Aleksander_Warma, lk 22
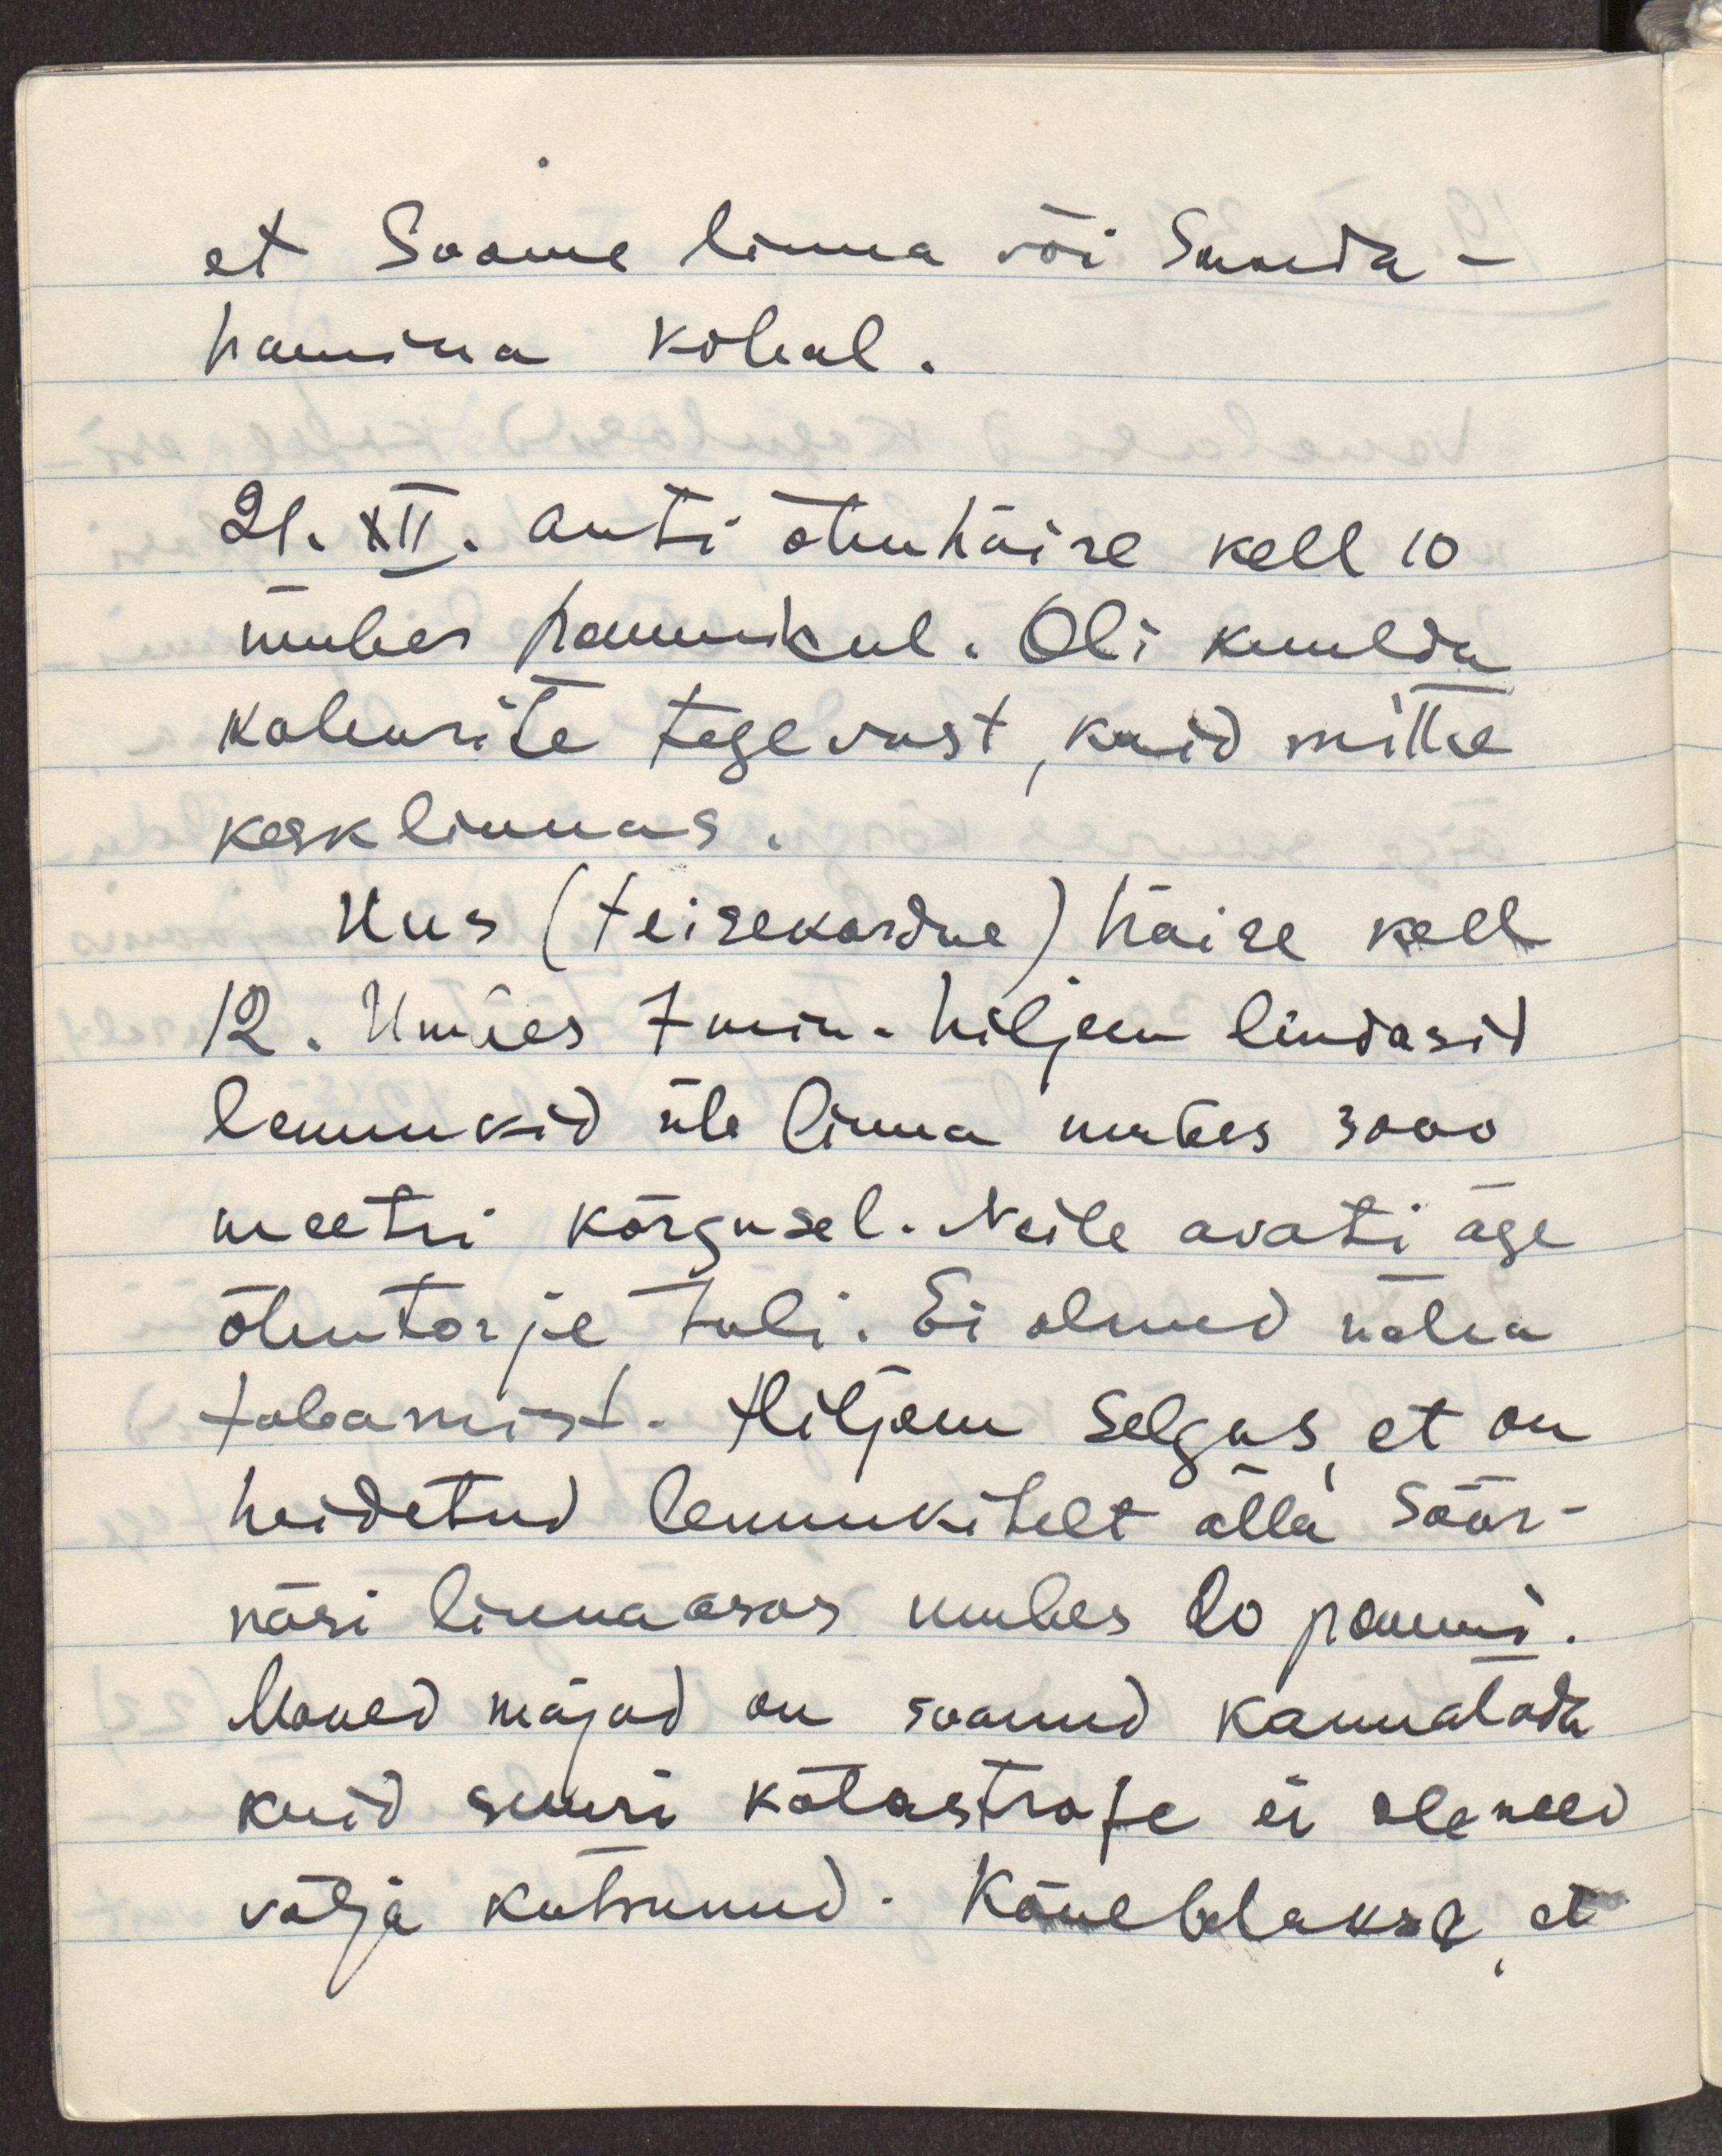
et Soome linna või Santa-
hamina kohal.
21.XII. anti õhuhäire kell 10
ümber hommikul. Oli kuulda
kahurite tegevust, kuid mitte
kesklinnas.
Uus (teisekordne) häire kell
12. Umbes 7 min. hiljem lendasid
lennukid üle linna umbes 3000
meetri kõrgusel. Neile avati äge
õhutõrje tuli. Ei olnud näha
tabamist. Hiljem selgus, et on
heidetud lennukitelt alla Söör-
näsi linnaosas umbes 20 pommi.
Moned majad on saanud kannatada
kuid suuri katastrofe ei ole need 
välja kutsunud. Kõneldakse, et